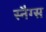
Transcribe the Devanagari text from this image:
स्नैग्स